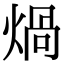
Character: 煱